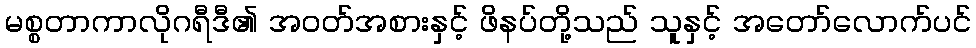
မစ္စတာကာလိုဂရီဒီ၏ အဝတ်အစားနှင့် ဖိနပ်တို့သည် သူနှင့် အတော်လောက်ပင်